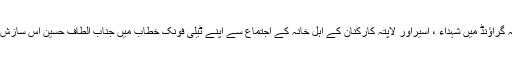
عزیزآباد کے لا ل قلعہ گراؤنڈ میں شہداء ، اسیراور لاپتہ کارکنان کے اہل خانہ کے اجتماع سے اپنے ٹیلی فونک خطاب میں جناب الطاف حسین اس سازش کا بھانڈا پھوڑ دیا تھا۔